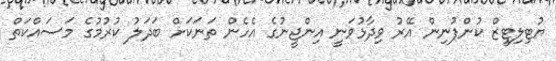
ޔުޓިލިޓީޒް ކުންފުނިން އޭރު ވިދާޅުވަނީ އިންޖީނުގެ އެހެން ތަނަކަށް ބަދަލު ކުރުމުގެ މަސައްކަތް